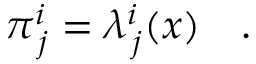
\pi _ { \, j } ^ { i } = \lambda _ { \, j } ^ { i } ( x ) ~ ~ ~ .